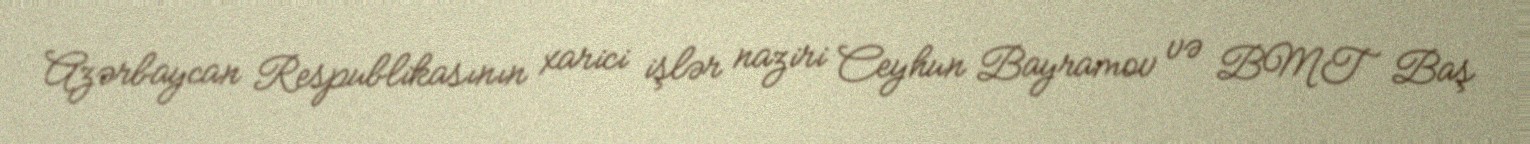
Azərbaycan Respublikasının xarici işlər naziri Ceyhun Bayramov və BMT Baş